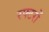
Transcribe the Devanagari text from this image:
रफ्टरों